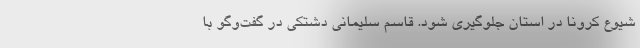
شیوع کرونا در استان جلوگیری شود. قاسم سلیمانی‌ دشتکی در گفت‌وگو با